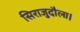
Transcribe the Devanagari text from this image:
सिराजुदौला।